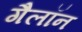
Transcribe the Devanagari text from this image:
गैलॉन